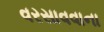
વરસાવવાના